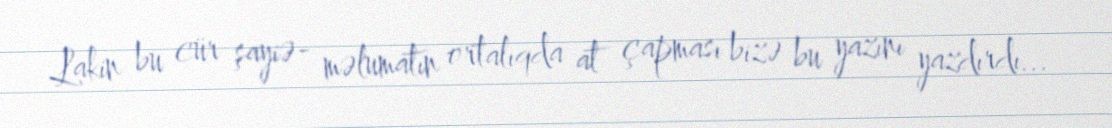
Lakin bu cür şayiə- məlumatın ortalıqda at çapması bizə bu yazını yazdırdı...